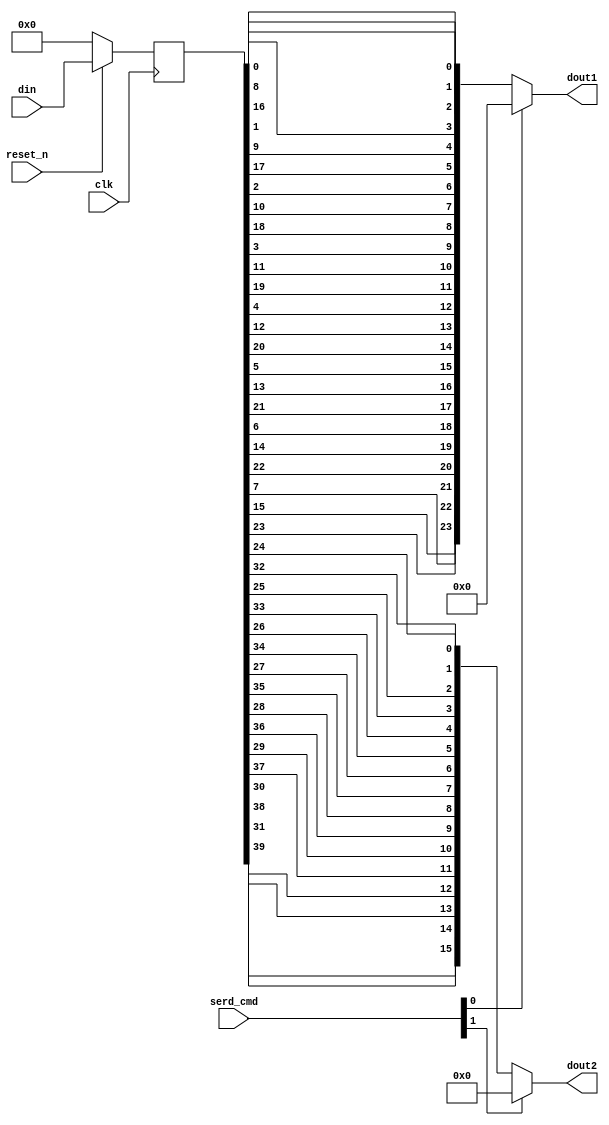
`timescale 1ns / 1ps
   // For 5 pins
    module serializer (
        input clk,
        input reset_n,
        input wire [39:0] din,   
        input wire [1:0] serd_cmd,
        output wire [23:0] dout1,
        output wire [15:0] dout2 
    );
            
   // internal wires and registers    
    wire [39:0] encode; 
    reg [39:0] data;
              
    always @(posedge clk)
    begin    
        if (reset_n == 1'b0) data[39:0] <= 0;
        else data <= din;
    end
    
    //change serd_cmd to tristate
    assign dout1[23:0] = (!serd_cmd[0]) ? {data[23], data[15], data[7],
                                          data[22], data[14], data[6], 
                                          data[21], data[13], data[5],
                                          data[20], data[12], data[4],
                                          data[19], data[11], data[3],
                                          data[18], data[10], data[2],
                                          data[17], data[9] , data[1],
                                          data[16], data[8] , data[0]} : 0;
                          
    assign dout2[15:0] = (!serd_cmd[1]) ? {data[39], data[31],
                                           data[38], data[30],
                                           data[37], data[29],
                                           data[36], data[28],
                                           data[35], data[27],
                                           data[34], data[26],
                                           data[33], data[25],
                                           data[32], data[24]} : 0;                               
    
    endmodule